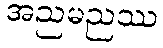
အညမညဿ